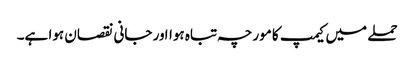
حملے میں کیمپ کا مورچہ تباہ ہوااور جانی نقصان ہوا ہے۔